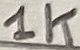
Text: 1K